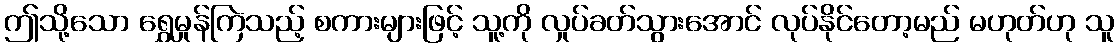
ဤသို့သော ရွှေမှုန်ကြဲသည့် စကားများဖြင့် သူ့ကို လှုပ်ခတ်သွားအောင် လုပ်နိုင်တော့မည် မဟုတ်ဟု သူ